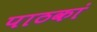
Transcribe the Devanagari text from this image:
पाठकां